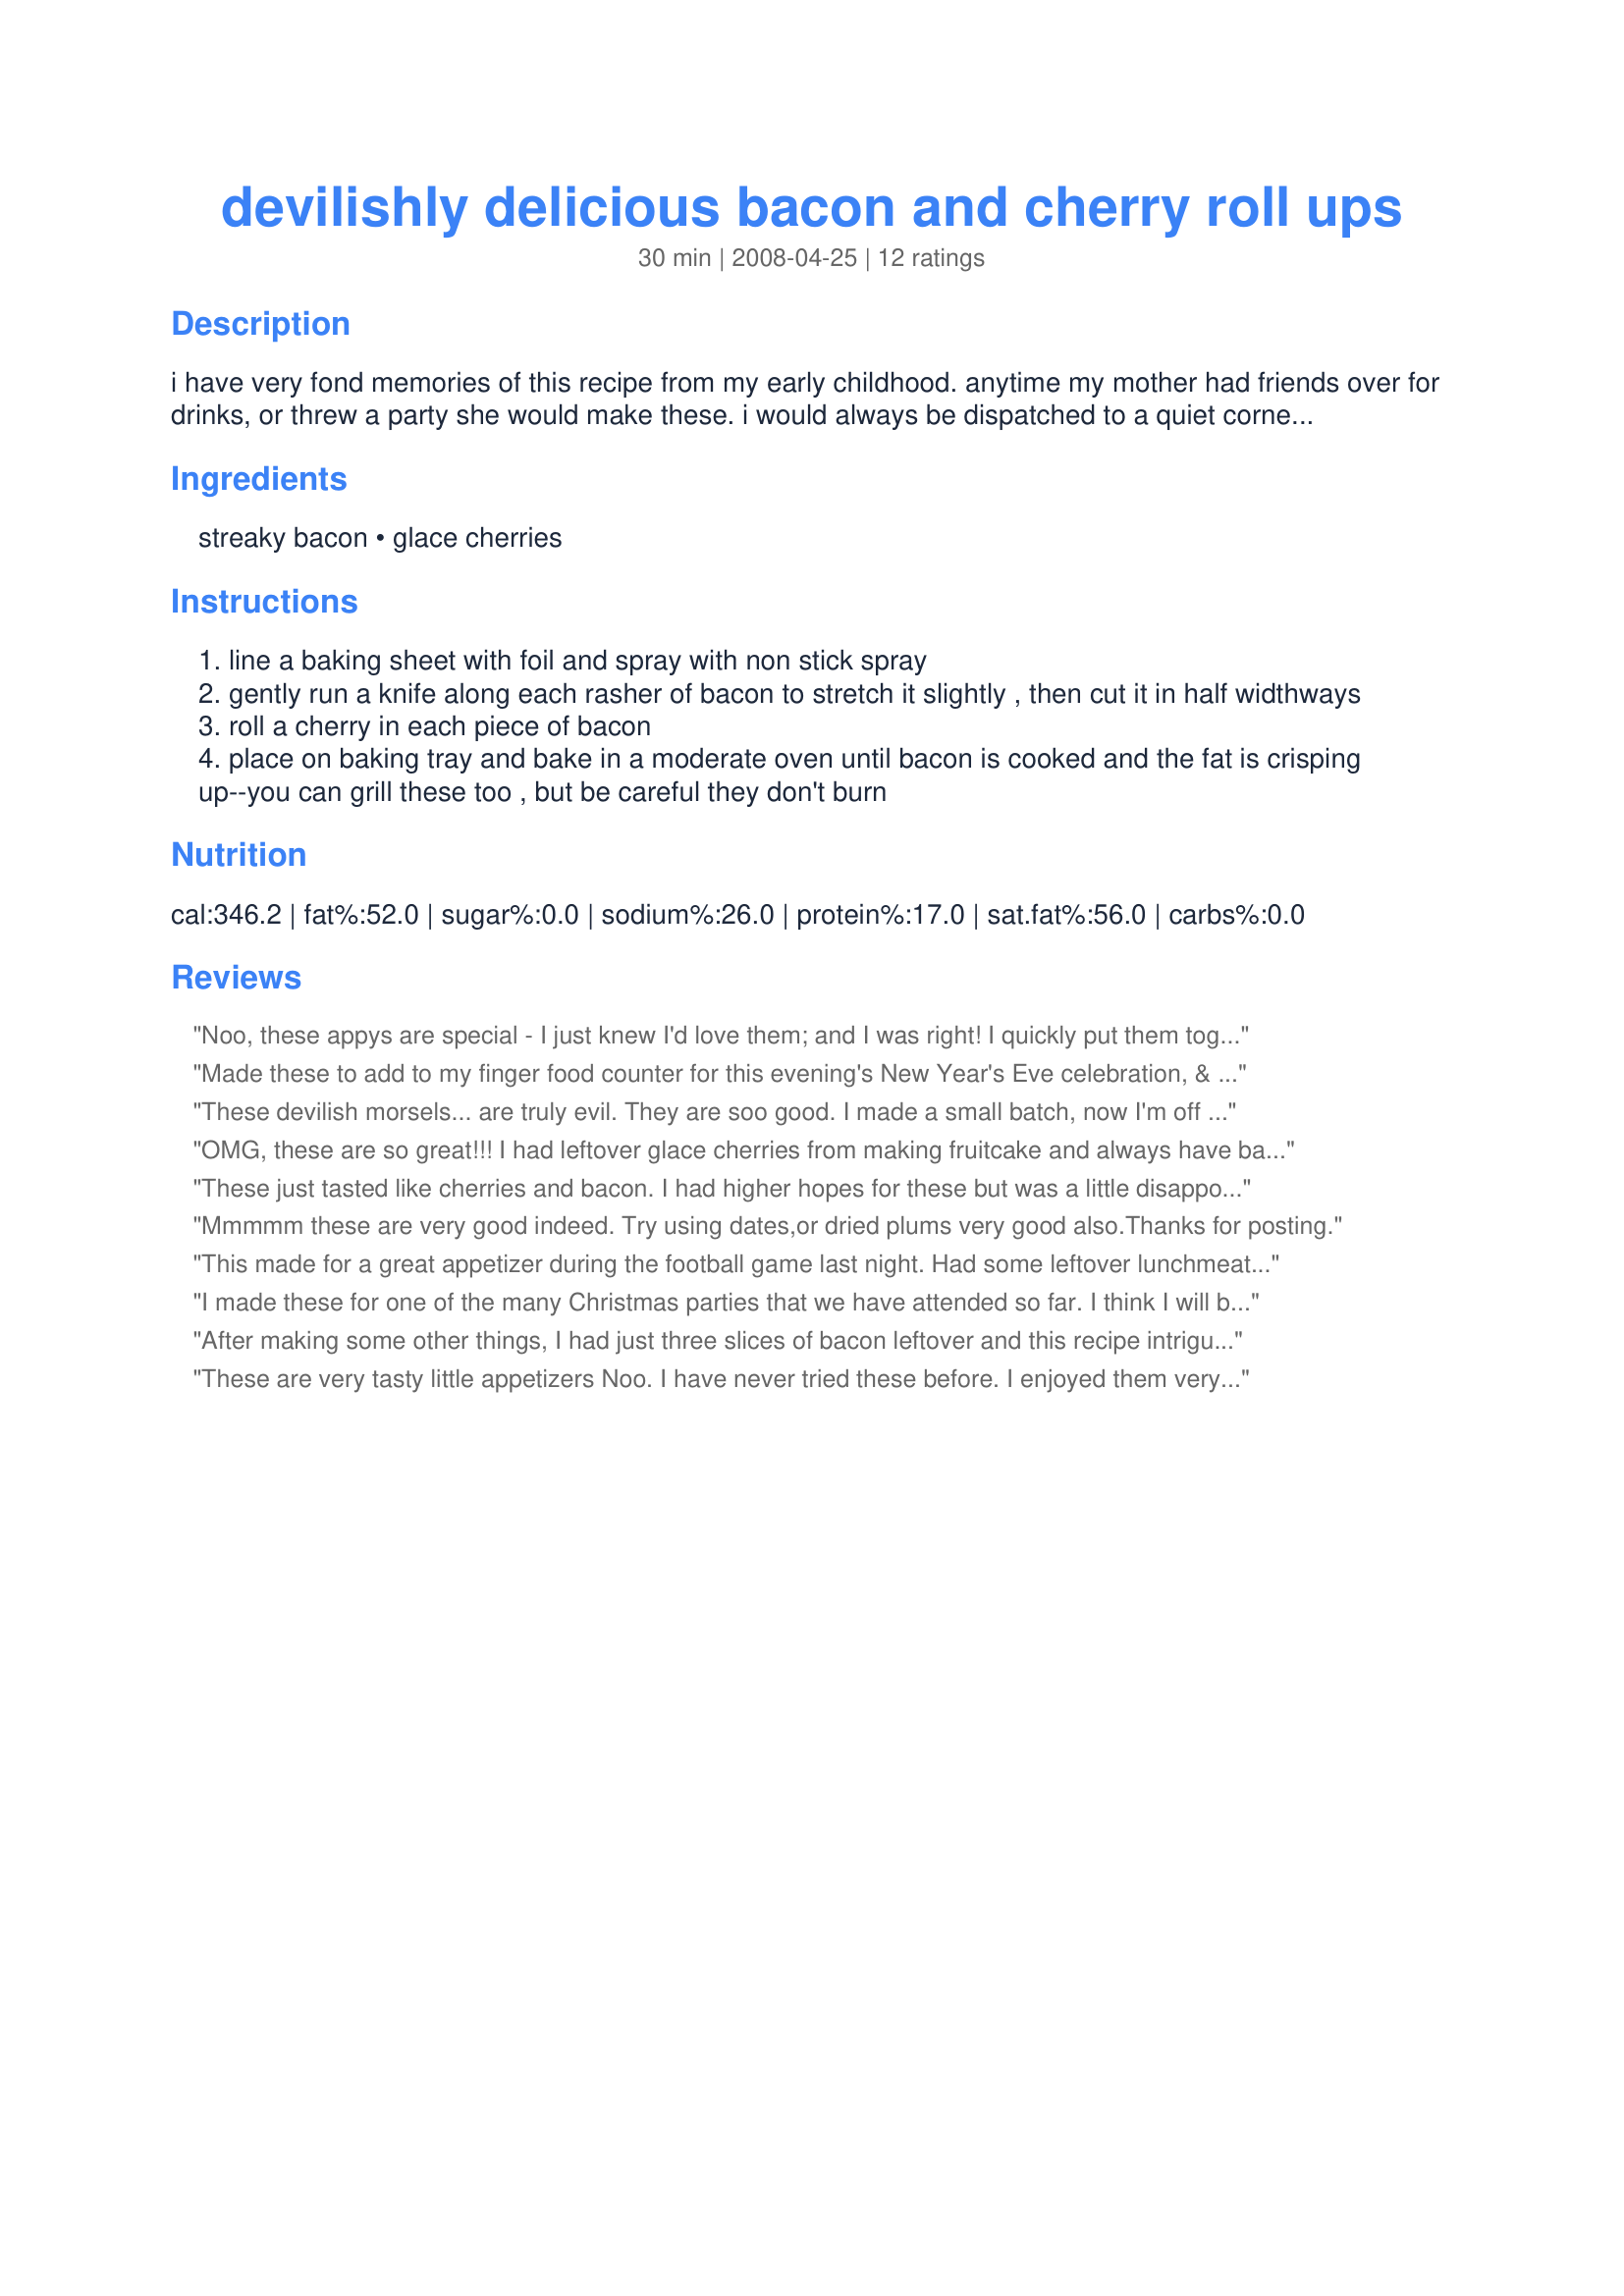
devilishly delicious bacon and cherry roll ups
Preparation time: 30 minutes

i have very fond memories of this recipe from my early childhood. anytime my mother had friends over for drinks, or threw a party she would make these. i would always be dispatched to a quiet corner with a plate full of goodies, including loads of these! now i make them for parties, or drink snacks, and everybody loves them. i make trays of these, and the amount listed below is quite small, so be prepared to make more! they are so simple but oh so effective! i tend to use streaky bacon for the fat content, but back bacon works fine too. try them-you won't regret it!

Ingredients:
streaky bacon, glace cherries

Steps:
line a baking sheet with foil and spray with non stick spray
gently run a knife along each rasher of bacon to stretch it slightly , then cut it in half widthways
roll a cherry in each piece of bacon
place on baking tray and bake in a moderate oven until bacon is cooked and the fat is crisping up--you can grill these too , but be careful they don't burn

Reviews:
Noo, these appys are special - I just knew I'd love them; and I was right! I quickly put them together, when we had unexpected company, and they were ready quick as a wink! I did cook mine for a couple of extra minutes, as we like our bacon crispy. They were different and divine! I'll keep them in mind, for a quick fix! Thanks so much for sharing, Noo.
Made these to add to my finger food counter for this evening's New Year's Eve celebration, & THESE LITTLE MUNCHIES ARE JUST GREAT ~ Loved the combo of cherry-sweet & bacon-salty! Definitely to be made again! [Tagged & made in Please Review My Recipe]
These devilish morsels... are truly evil. They are soo good. I made a small batch, now I'm off to finish what I started. Thanks for sharing this treat!
OMG, these are so great!!! I had leftover glace cherries from making fruitcake and always have bacon on hand. I tried making just 6 pieces to start with and ended up making a larger batch a few hours later. I can't wait for my DH to try them when he gets home, he's going to love them! Thanks so much for posting Noo.
These just tasted like cherries and bacon. I had higher hopes for these but was a little disappointed. They would be good with something tart-some kind of apricot glaze or preserves. I might try that next time. Thanks for sharing your recipe.
Mmmmm these are very good indeed. Try using dates,or dried plums very good also.Thanks for posting.
This made for a great appetizer during the football game last night. Had some leftover lunchmeat ham that I need to use to, so I made some with the ham too. Love this simple delicious recipe. Made for PRMR tag.
I made these for one of the many Christmas parties that we have attended so far. I think I will be making them again before the year is up. I did find &quot;glace&quot; cherries in the grocery store. I will tell you, the combo of sweet and salty hit the spot! Some people were asking me if they were intended as an appetizer or as a dessert. I told them that they were for anytime their little hearts desired! I did cut each bacon strip into thirds, and it worked well. Thanks for a great recipe. (Made for PRMR)
After making some other things, I had just three slices of bacon leftover and this recipe intrigued me. I used maraschino cherries instead of glace because I had them on hand. I rolled up the edges of the foil to make a little lip which kept the bacon fat from running everywhere - one of the smarter things I've done recently LOL The cherry and bacon were an unusual and interesting combination. I would like to try again with something just slightly less sugary than the cherries - maybe pineapple, dried fig, or dates. Thanks for sharing!
These are very tasty little appetizers Noo. I have never tried these before. I enjoyed them very much. I especially liked the taste and texture of the bacon and cherries together. Nice juicy, sweet cherries and salty, crisp, meaty bacon. Thanks so much for sharing.
Fabulously delicious and, judging by the comments made, a really novel concept to all who enjoyed them at the New Year's Eve party I took them to. They disappeared SO fast. I had taken them on the tray ready to be cooked there. In making these, hadn't even registered the fact that they were to be made with glace cherries until I came to prepare them; I had bought two jars of maraschino cherries. The day before I had removed about a tablespoon of the syrup from each jar and had added tablespoon of port. I drained the cherries thoroughly before assembling them. These were just such totally delicious morsels and so easy to prepare: I'll certainly be making them again. Thank you for sharing another super recipe, Noo! Made for PRMR.
We gave this recipe 4 stars for flavor, but added another for uniqueness. While I was making them, DH said it sounded yucky, but then I reminded him how we put cherries and pineapples on ham when we bake it. What is ham? Bacon! So, not only did I wrap (marachino) cherries in bacon, but also did it with some pineapple chunks and Wow, were they both delicious! The cherry ones were a bit on the sweet side, so we were happy that we didn't use glace (candied) cherries. The pineapple ones packed a nice flavor. Even DH liked these appetizers. Thanks for a creative and easy recipe. :)
